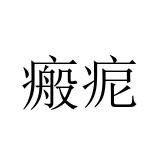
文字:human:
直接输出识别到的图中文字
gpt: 瘢痆